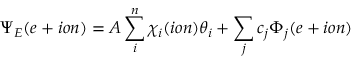
\Psi _ { E } ( e + i o n ) = A \sum _ { i } ^ { n } \chi _ { i } ( i o n ) \theta _ { i } + \sum _ { j } c _ { j } \Phi _ { j } ( e + i o n )